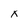
Character: x